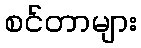
စင်တာများ